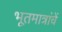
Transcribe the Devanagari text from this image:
भूतमात्रांचें